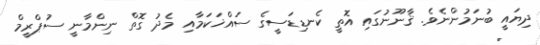
ދިޔައީ ބުނަމުންނެވެ. ޤާނޫނުގައި އޮތީ ކެނޑިޑަސީގެ ސައްޚަކަމާއި މެދު ގޮތް ނިންމާނީ ސުޕްރީމް